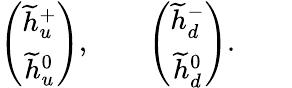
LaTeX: \left(\begin{array}{c}{{\widetilde{h}_{u}^{+}}}\\ {{\widetilde{h}_{u}^{0}}}\end{array}\right),\qquad\left(\begin{array}{c}{{\widetilde{h}_{d}^{-}}}\\ {{\widetilde{h}_{d}^{0}}}\end{array}\right).\qquad